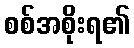
စစ်အစိုးရ၏